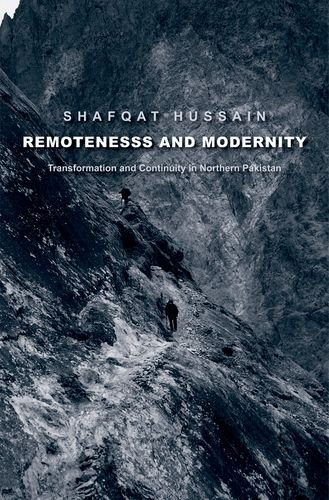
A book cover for Remoteness and Modernity: Transformation and Continuity in Northern Pakistan (Yale Agrarian Studies Series); Shafqat Hussain; History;